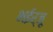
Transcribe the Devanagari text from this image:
भईर्जू